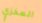
المخزي